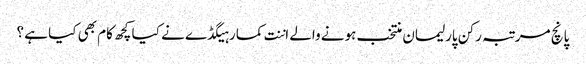
پانچ مرتبہ رکن پارلیمان منتخب ہونے والے اننت کمار ہیگڈے نے کیا کچھ کام بھی کیا ہے ؟